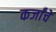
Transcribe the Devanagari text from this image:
कर्जांचे